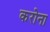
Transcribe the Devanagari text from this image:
करोना